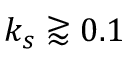
k _ { s } \gtrapprox 0 . 1